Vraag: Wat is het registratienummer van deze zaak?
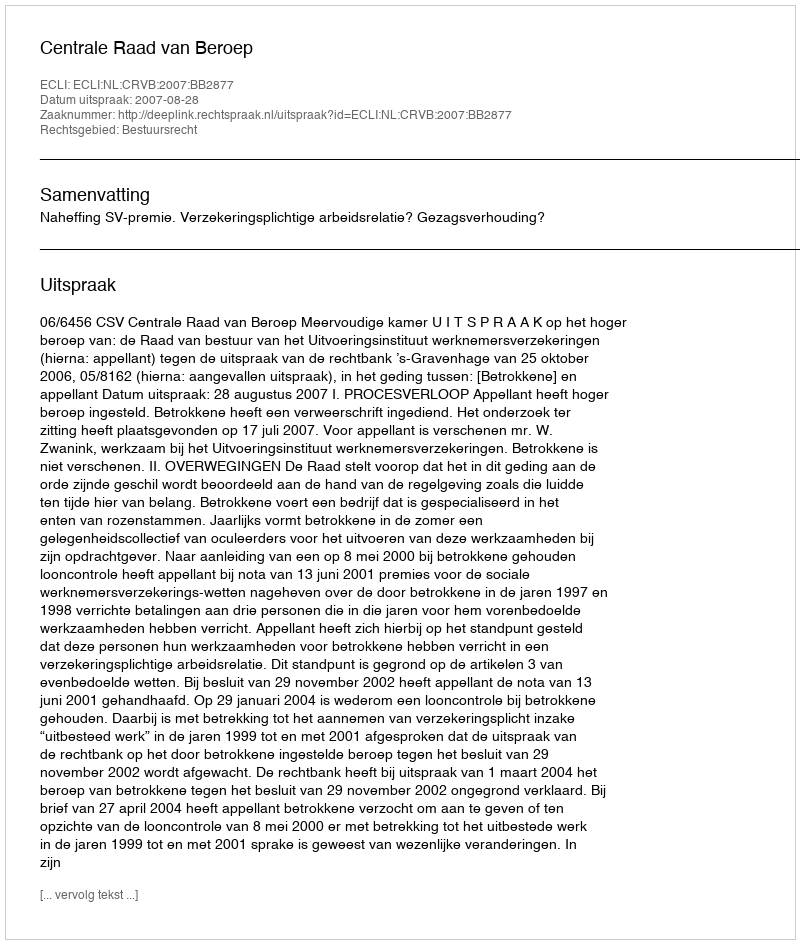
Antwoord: http://deeplink.rechtspraak.nl/uitspraak?id=ECLI:NL:CRVB:2007:BB2877